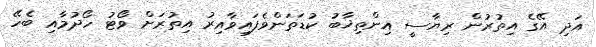
އަދި އޭގެ އިތުރުން ރިޔާސީ އިންތިޚާބު ކުޑަތަންވެފައިވާއިރު އިތުރަށް ވޯޓު ހޯދުމާއި ބެހޭ